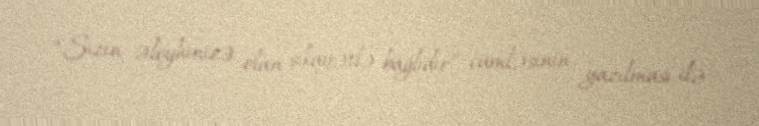
“Sizin əleyhinizə olan şikayətlə bağlıdır” cümləsinin yazılması ilə